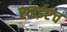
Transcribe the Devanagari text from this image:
एनईएच